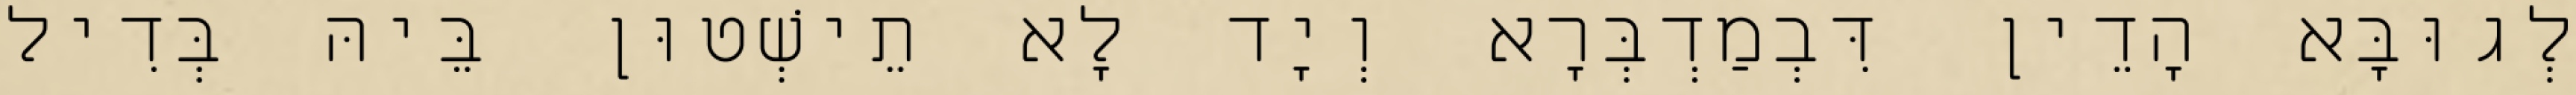
לְגוּבָּא הָדֵין דִּבְמַדְבְּרָא וְיָד לָא תֵישְׁטוּן בֵּיהּ בְּדִיל